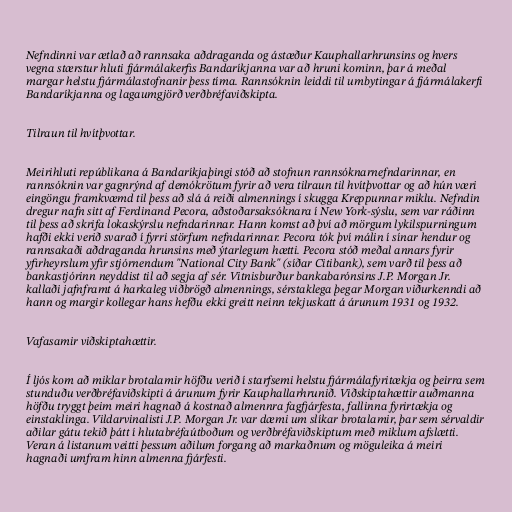
Nefndinni var ætlað að rannsaka aðdraganda og ástæður Kauphallarhrunsins og hvers
vegna stærstur hluti fjármálakerfis Bandaríkjanna var að hruni kominn, þar á meðal
margar helstu fjármálastofnanir þess tíma. Rannsóknin leiddi til umbytingar á fjármálakerfi
Bandaríkjanna og lagaumgjörð verðbréfaviðskipta.

Tilraun til hvítþvottar.

Meirihluti repúblikana á Bandaríkjaþingi stóð að stofnun rannsóknarnefndarinnar, en
rannsóknin var gagnrýnd af demókrötum fyrir að vera tilraun til hvítþvottar og að hún væri
eingöngu framkvæmd til þess að slá á reiði almennings í skugga Kreppunnar miklu. Nefndin
dregur nafn sitt af Ferdinand Pecora, aðstoðarsaksóknara í New York-sýslu, sem var ráðinn
til þess að skrifa lokaskýrslu nefndarinnar. Hann komst að því að mörgum lykilspurningum
hafði ekki verið svarað í fyrri störfum nefndarinnar. Pecora tók því málin í sínar hendur og
rannsakaði aðdraganda hrunsins með ýtarlegum hætti. Pecora stóð meðal annars fyrir
yfirheyrslum yfir stjórnendum "National City Bank" (síðar Citibank), sem varð til þess að
bankastjórinn neyddist til að segja af sér. Vitnisburður bankabarónsins J.P. Morgan Jr.
kallaði jafnframt á harkaleg viðbrögð almennings, sérstaklega þegar Morgan viðurkenndi að
hann og margir kollegar hans hefðu ekki greitt neinn tekjuskatt á árunum 1931 og 1932.

Vafasamir viðskiptahættir.

Í ljós kom að miklar brotalamir höfðu verið í starfsemi helstu fjármálafyritækja og þeirra sem
stunduðu verðbréfaviðskipti á árunum fyrir Kauphallarhrunið. Viðskiptahættir auðmanna
höfðu tryggt þeim meiri hagnað á kostnað almennra fagfjárfesta, fallinna fyrirtækja og
einstaklinga. Vildarvinalisti J.P. Morgan Jr. var dæmi um slíkar brotalamir, þar sem sérvaldir
aðilar gátu tekið þátt í hlutabréfaútboðum og verðbréfaviðskiptum með miklum afslætti.
Veran á listanum veitti þessum aðilum forgang að markaðnum og möguleika á meiri
hagnaði umfram hinn almenna fjárfesti.